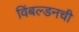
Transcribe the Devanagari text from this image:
विंबल्डनची